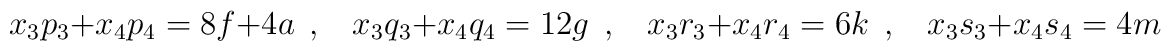
x_3 p_3 + x_4 p_4 = 8f + 4a ~~,~~~~x_3 q_3 + x_4 q_4 = 12 g~~,~~~~x_3 r_3 + x_4 r_4 = 6 k~~,~~~~x_3 s_3 + x_4 s_4 = 4 m